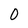
Character: 0